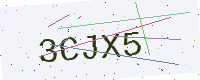
Text: 3CJX5